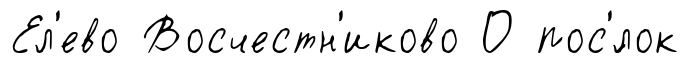
Ел'ево Восчестн'иково О пос'́лок